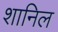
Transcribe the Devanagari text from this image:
शानिल